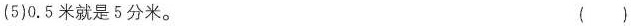
(5)0.5米就是5分米。（）